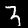
Label: 3